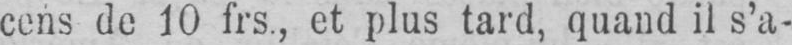
cens de 10 frs., et plus tard, quand il s’a-